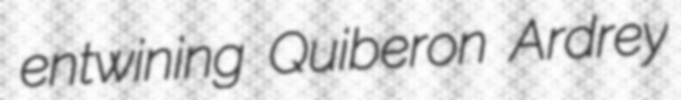
entwining Quiberon Ardrey